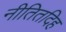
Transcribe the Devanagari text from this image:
नीतितदिह